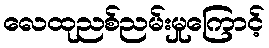
လေထုညစ်ညမ်းမှုကြောင့်